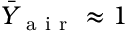
\bar { Y } _ { \mathrm { ~ a ~ i ~ r ~ } } \approx 1